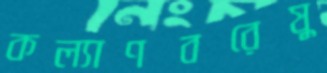
কল্যাণবরেষু